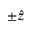
\pm \hat { z }